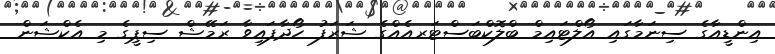
އިންޑީއާގެ ސިނަމާގައި އޯލްޓައިމް ބްލޮކްބަސްޓަރއެއްގެ ޝަރަފު ހޯދާފައިވާ ރަމޭޝް ސިޕީގެ މި އެކްޝަން